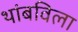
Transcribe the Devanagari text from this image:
थांबविला